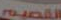
القصيم